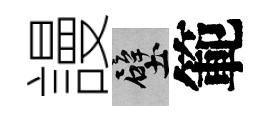
謾壁範